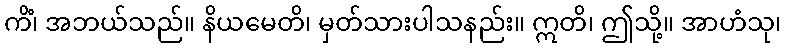
ကိံ၊ အဘယ်သည်။ နိယမေတိ၊ မှတ်သားပါသနည်း။ ဣတိ၊ ဤသို့။ အာဟံသု၊